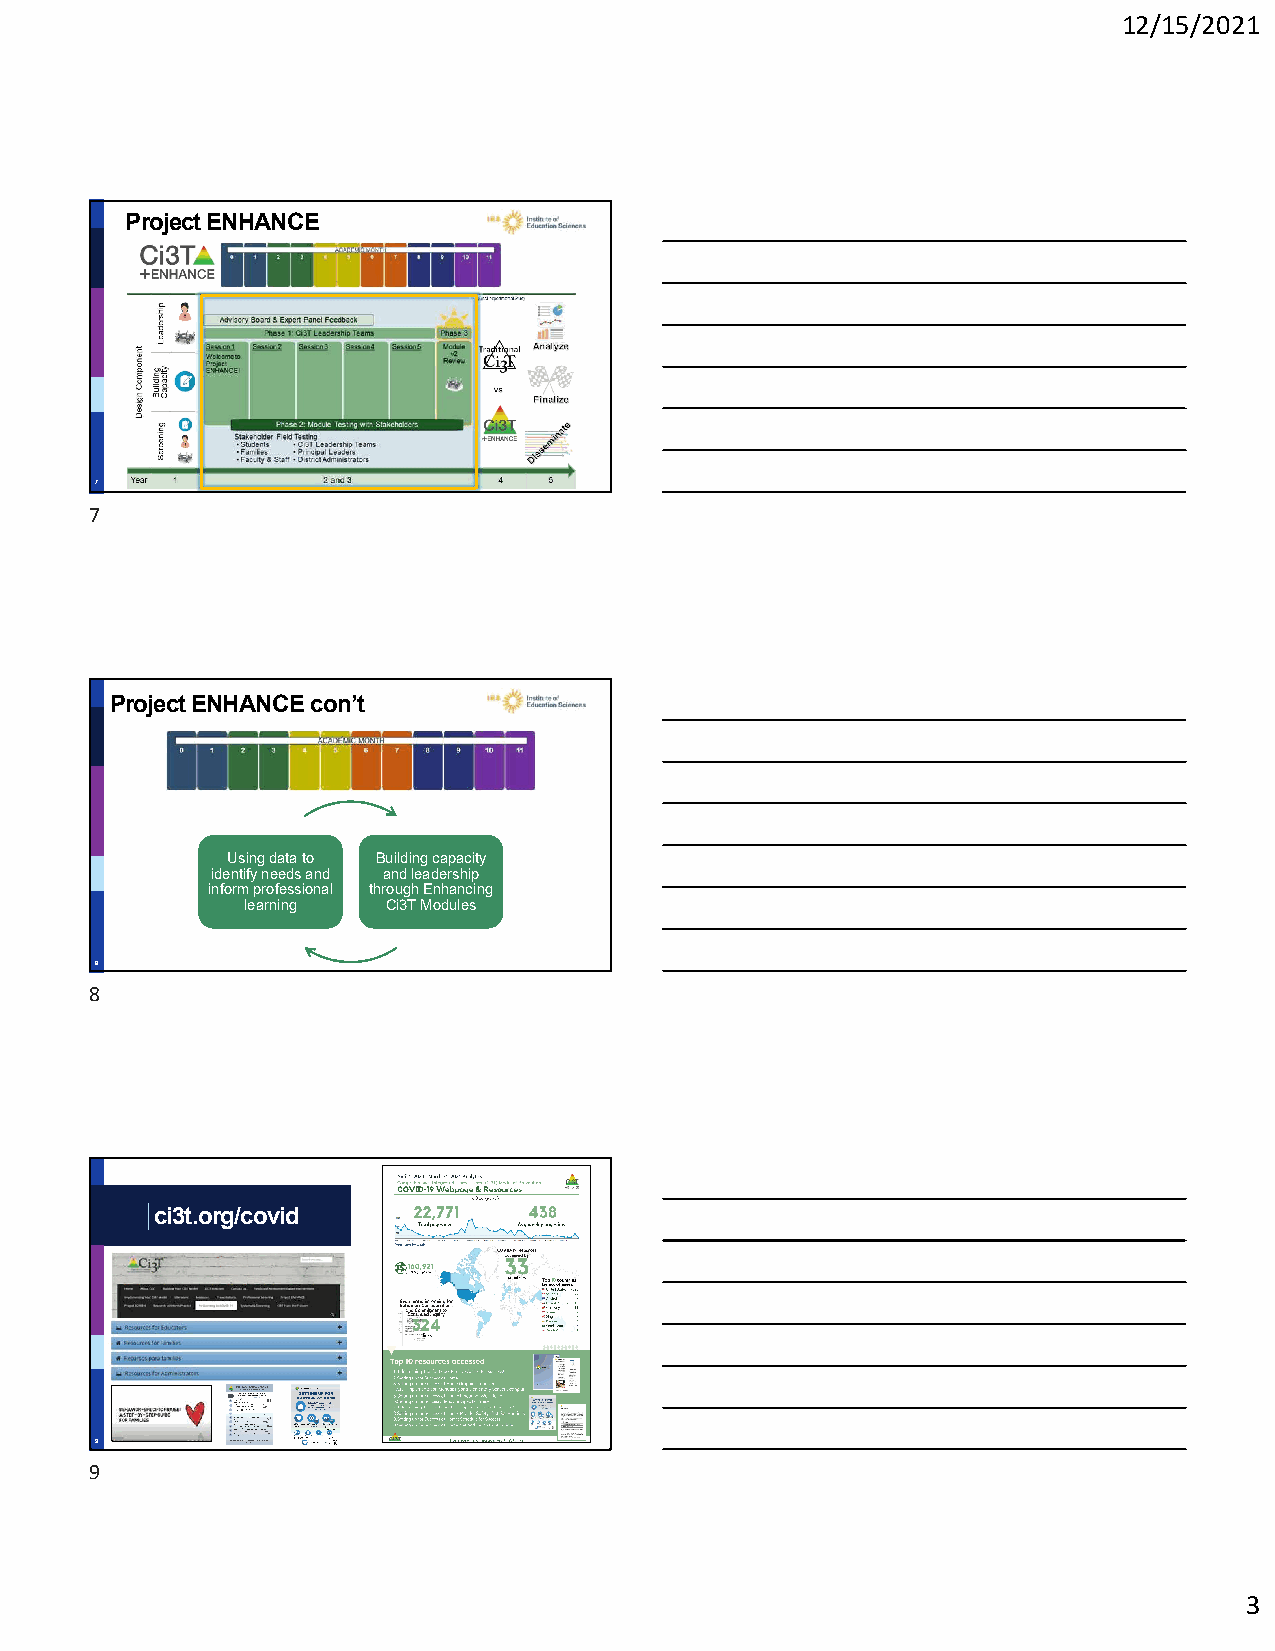
12/15/2021
 Project ENHANCE
 7
 7
 Project ENHANCE con’t
 Using data to Building capacity
 identify needs and and leadership
 inform professional through Enhancing
 learning  Ci3T Modules
 8
 8
 ci3t.org/covid
 Use big image
 9
 9
 3